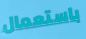
باستعمال